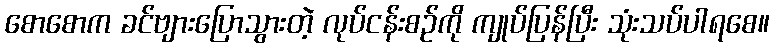
စောစောက ခင်ဗျားပြောသွားတဲ့ လုပ်ငန်းစဉ်ကို ကျုပ်ပြန်ပြီး သုံးသပ်ပါရစေ။